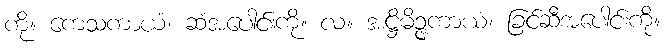
ကို။ ကေသကာယံ၊ ဆံအပေါင်းကို။ လ။ အဋ္ဌိမိဉ္ဇကာယံ၊ ခြင်ဆီအပေါင်းကို။